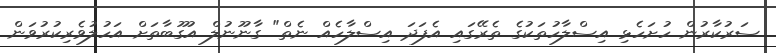
ސަރުކާރުން ހުށަހެޅި އިސްލާހުތަކުގެ ތެރޭގައި އެފަދަ އިސްލާހެއް ނެތް" ގާނޫނުލް އުގޫބާތަށް އަހުލުވެރިކުރުވަން